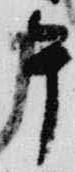
午